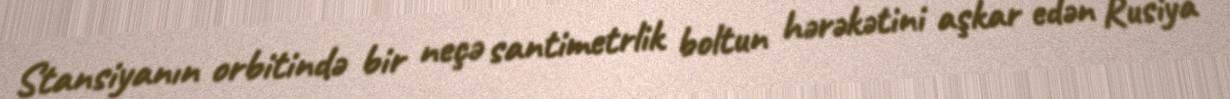
Stansiyanın orbitində bir neçə santimetrlik boltun hərəkətini aşkar edən Rusiya